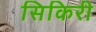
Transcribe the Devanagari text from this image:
सिकिरी